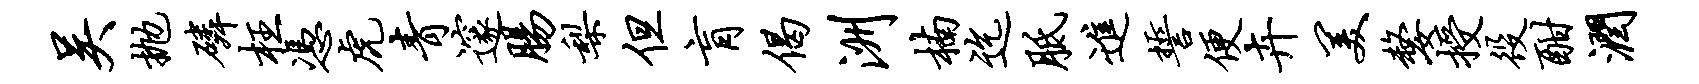
吴抛磷枉凭虎青邃肠梨但肓偈洲楠迄胝进誓便卉美嫠授役酣润